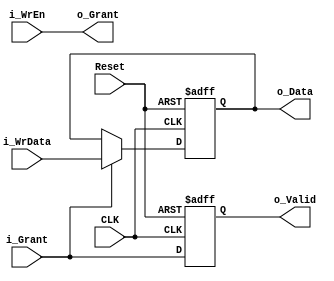
module PassC #(
    parameter WIDTH = 8
)(
    input                       CLK,
    input                       Reset,      // asynchronous reset, high active

    input                       i_WrEn,     // write enable
    input       [WIDTH-1:0]     i_WrData,   // write data

    output reg                  o_Valid,    // , assign to i_Grant
    output reg  [WIDTH-1:0]     o_Data,

    input                       i_Grant,
    output wire                 o_Grant
);

// o_Grant
assign o_Grant = i_WrEn;

// o_Valid
always @(posedge CLK or posedge Reset) begin
    if (Reset)
        o_Valid <= 'd0;
    else
        o_Valid <= i_Grant;
end

// o_Data
always @(posedge CLK or posedge Reset) begin
    if (Reset)
        o_Data  <= 'd0;
    else if (i_Grant)
        o_Data  <= i_WrData;
end

endmodule